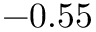
- 0 . 5 5